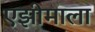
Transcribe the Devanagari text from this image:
एझीमाला